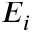
E _ { i }